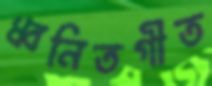
ধ্বনিতগীত